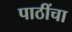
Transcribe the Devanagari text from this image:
पाठींचा